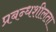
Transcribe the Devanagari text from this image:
प्रबन्धशीलता